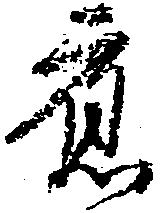
応